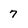
Character: 7